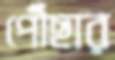
পৌঁছার